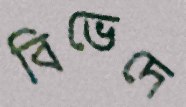
বিভেদে